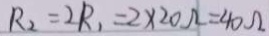
R _ { 2 } = 2 R _ { 1 } = 2 \times 2 0 \Omega = 4 0 \Omega